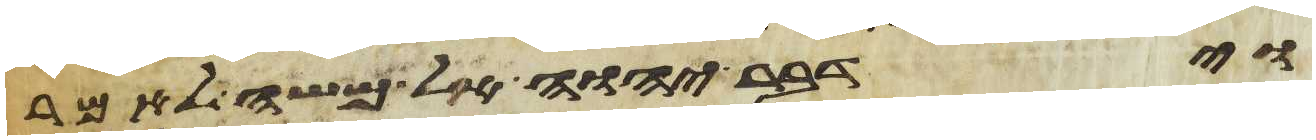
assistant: וידבר יהוה אל משה לאמר